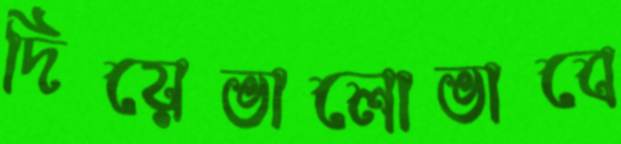
দিয়েভালোভাবে